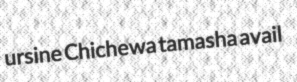
ursine Chichewa tamasha avail